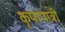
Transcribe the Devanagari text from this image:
कृपापात्री